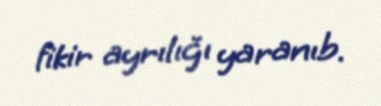
fikir ayrılığı yaranıb.